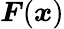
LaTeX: \boldsymbol{F}(\boldsymbol{x})